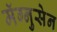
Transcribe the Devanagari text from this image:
मॅग्नुसेन